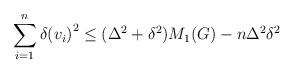
LaTeX: \begin{align*}\sum\limits_{i = 1}^n {\delta {{({v_i})}^2}} \le ({\Delta ^2} + {\delta^2}){M_1}(G) - n{\Delta ^2}{\delta ^2}\end{align*}